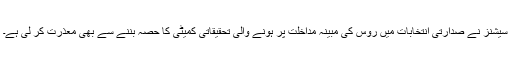
سیشنز نے صدارتی انتخابات میں روس کی مبینہ مداخلت پر ہونے والی تحقیقاتی کمیٹی کا حصہ بننے سے بھی معذرت کر لی ہے۔